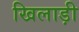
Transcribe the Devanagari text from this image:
खिलाड़ी